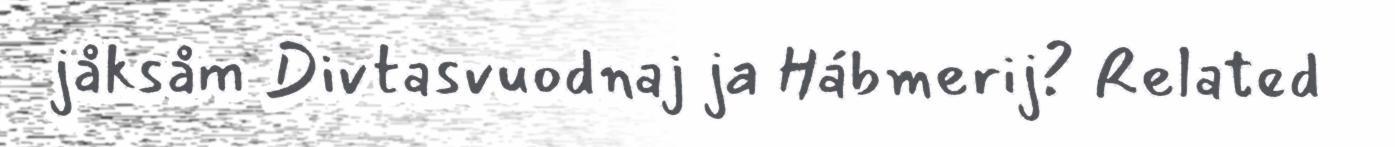
jåksåm Divtasvuodnaj ja Hábmerij? Related